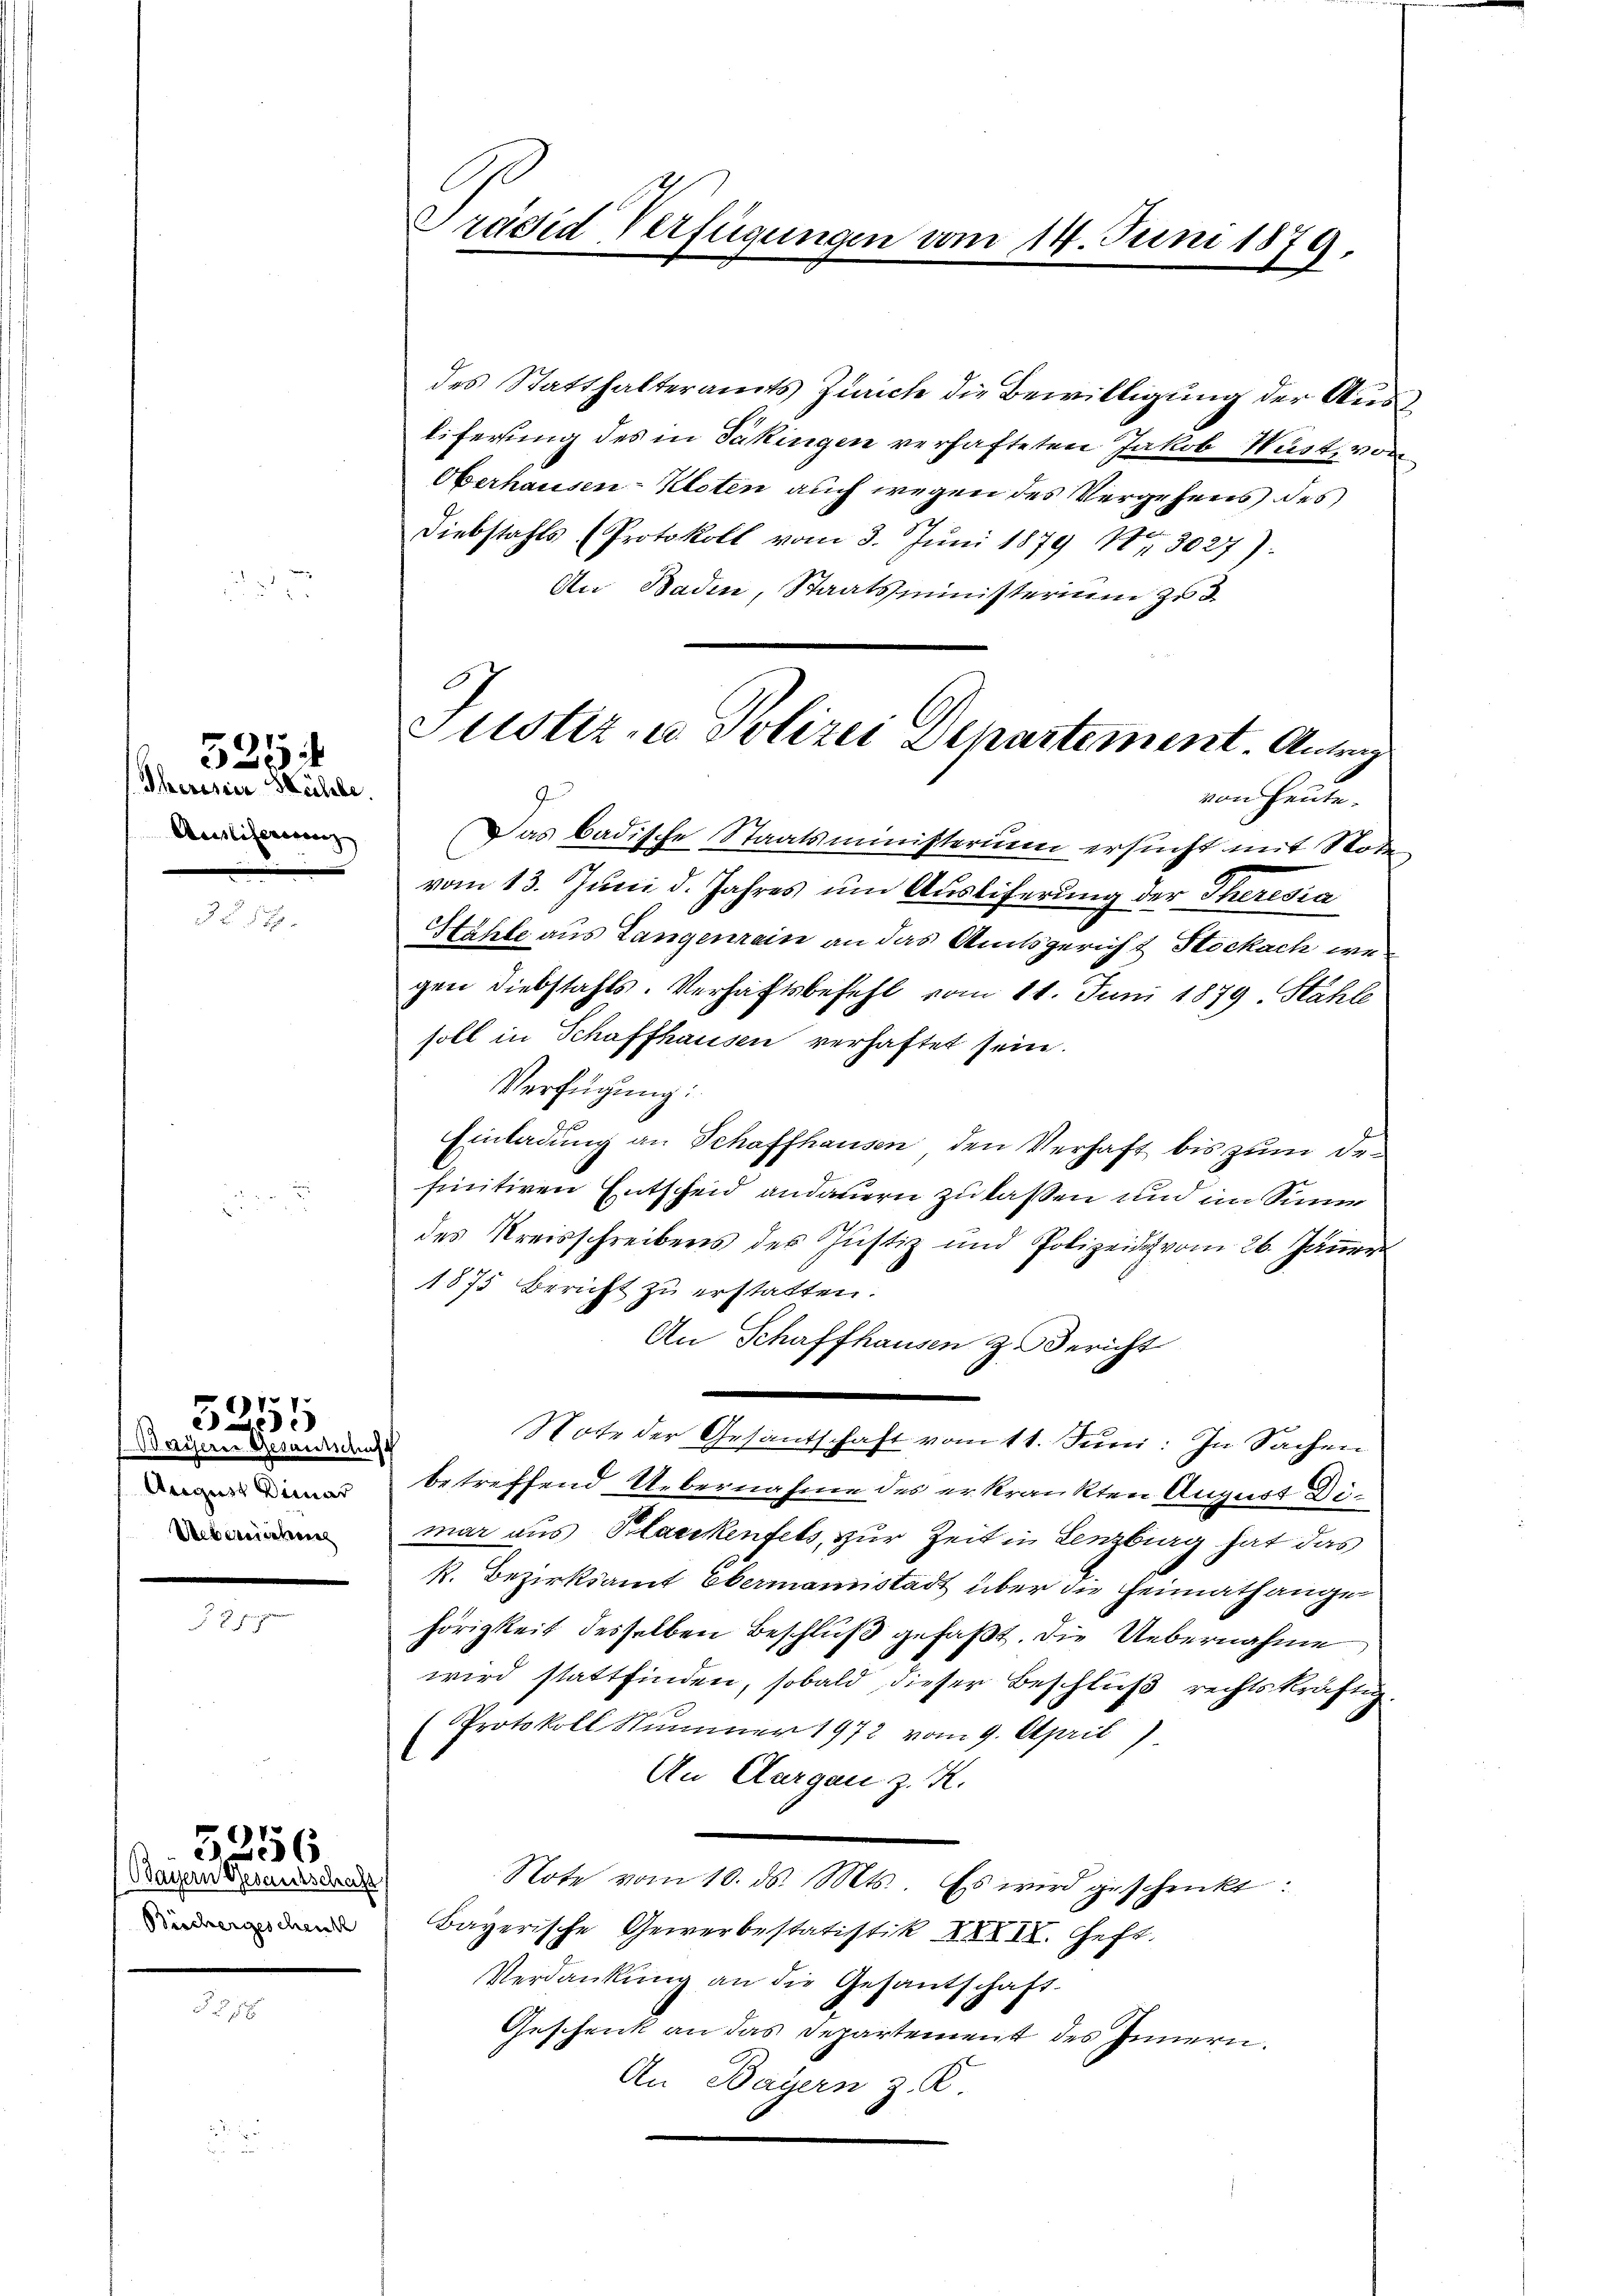
Ausliferirenz

525
Iherisier Kühle.

Bayern Gesandtschuff
Uebereidetene

7 gegen

5251

(Bayern Gesandtschaft

5256

des Statthalteramts Zürich die Bewilligung der Ausliferung des in Säkingen verhafteten Jakob Wüst von
Oberhausen-Kloten auch wegen des Vergehens des
Diebstahls (Protokoll vom 3. Juni 1879 10 3027):
An Baden, Staatsministerium zu d
von Heute.
Das badische Staatsministerium ersucht mit Not
vom 13. Juni d. Jahres um Ausliferung der Theresia
Hähte aus Langenrain an das Amtsgericht Stockach wegen Diebstahls. Verhaftsbefehl vom 11. Juni 1879. Stähle
soll in Schaffhausen verhaftet sein.
Verfügung:
Einladung an Schaffhausen, den Verhaft bis zum Definitiven Entscheid andauern zu lassen und im Sinner
des Kreisschreibens des Justiz und Polizeide vom 26. Jäṅer
1875 Bericht zu erstatten.
An Schaffhausen & Bericht
Note der Gesantschaft vom 11. Juni: In Sachen
 betreffend Uebernahme des erkrankten August Dimar aus Plaeckenfels, zur Zeit in Lenzburg hat das
k. Bezirksamt Ebermannstadt über die Heimathange
hörigkeit desselben Beschluß gefaßt. Die Uebernahme
wird stattfinden, sobald dieser Beschluß rechtskräftig
Protokoll Nummer 1972 vom 9. April
.
An Aargau z. R.
Note vom 10. ds. Mts. Es wird geschenkt:
 Bayerische Gewerbestatistik XXIII. Heft.
Verdankŭng an die Gesantschaft-
Geschenk an das Departement des Innern.
An Bayern z. R.

J
Justiz- u Polizei Departement. Antrag

Prädid Verfügungen vom 14. Juni 1879.